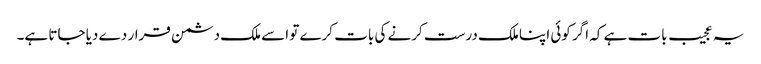
یہ عجیب بات ہے کہ اگر کوئی اپنا ملک درست کرنے کی بات کرے تو اسے ملک دشمن قرار دے دیا جاتا ہے۔